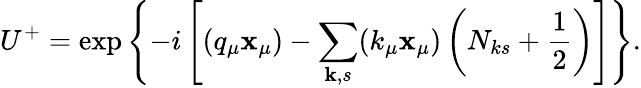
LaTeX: U^{+}=\exp\left\{ -i\left[(q_{\mu}\mathbf{x}_{\mu})-\sum_{\mathbf{{k}},s}(k_{\mu}\mathbf{x}_{\mu})\left(N_{ks}+\frac{1}{2}\right)\right]\right\} .